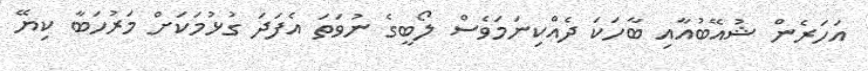
އަހަރެން ޝުއޭބުއާއި ބާހަކަ ދެއްކިނަމަވެސް ލޯބީގެ ނުވަތަ އެފަދަ ގުޅުމަކަށް މަރުހަބާ ކިޔޭ